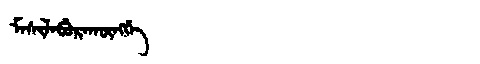
Manchu: ᠮᠠᠰᡳᠯᠠᠪᡠᡵᠠᡴᡡᠩᡤᡝ
Romanization: MASILABURAKŪNGGE